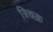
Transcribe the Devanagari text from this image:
त्रिचक्र